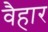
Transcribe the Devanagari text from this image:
वैहार